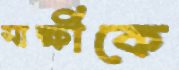
সাক্ষীকে